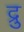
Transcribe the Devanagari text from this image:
द्रु